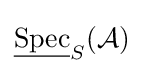
{\underline {\operatorname {Spec} }}_{S}({\mathcal {A}})